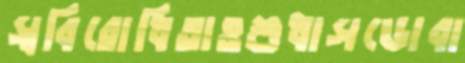
স্ববিরোধিতাওশুধাসডোবা